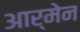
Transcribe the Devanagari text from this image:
आर्मेन